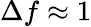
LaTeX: \Delta f\approx 1